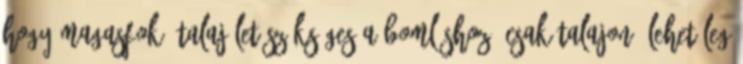
hogy magasfokú talajélet szükséges a bomláshoz, csak talajon, lehetőleg